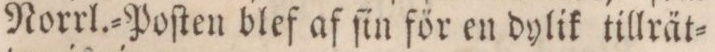
Norrl.=Poſten blef af ſin för en dylik tillrät=